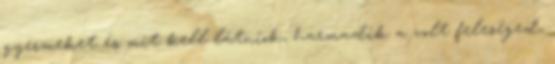
gyermeket és mit kell látniok, harmadik a volt feleséged,